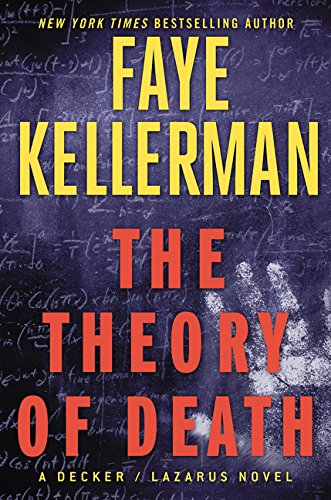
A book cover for The Theory of Death: A Decker/Lazarus Novel (Decker/Lazarus Novels); Faye Kellerman; Mystery, Thriller & Suspense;